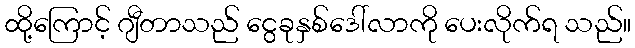
ထို့ကြောင့် ဂျီတာသည် ငွေခုနှစ်ဒေါ်လာကို ပေးလိုက်ရ သည်။